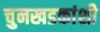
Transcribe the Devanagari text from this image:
चुनखडकांशी